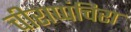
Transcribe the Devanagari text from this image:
चीराप्पंचिरा